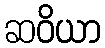
ဆဝိယာ